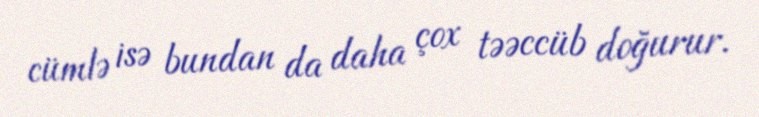
cümlə isə bundan da daha çox təəccüb doğurur.